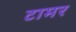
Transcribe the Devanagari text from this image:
टामर